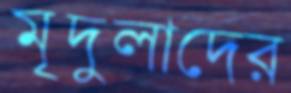
মৃদুলাদের